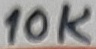
Text: 10K